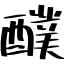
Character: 醭